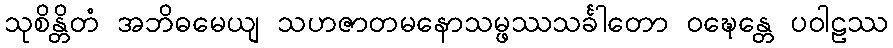
သုစိန္တိတံ အဘိဓမေယျ သဟဇာတမနောသမ္ဖဿသင်္ခါတော ဝဍ္ဎေန္တေ ပဝါဠဿ